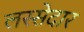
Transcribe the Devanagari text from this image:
लस्सेदार